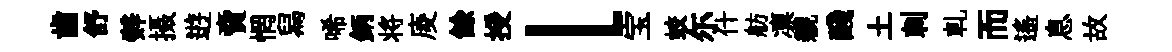
齒舒辤摄逰𧶠惘舄唏鈵将庱餘授l宝蛟尓什舫凛親醆土刺軋而遙息故